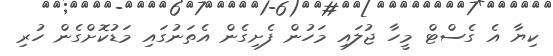
ކިޔާ އެ ގެސްޓް މީހާ ޖުލައި މަހުން ފެށިގެން އެތަނުގައި މަޑުކޮށްގެން ހުރި